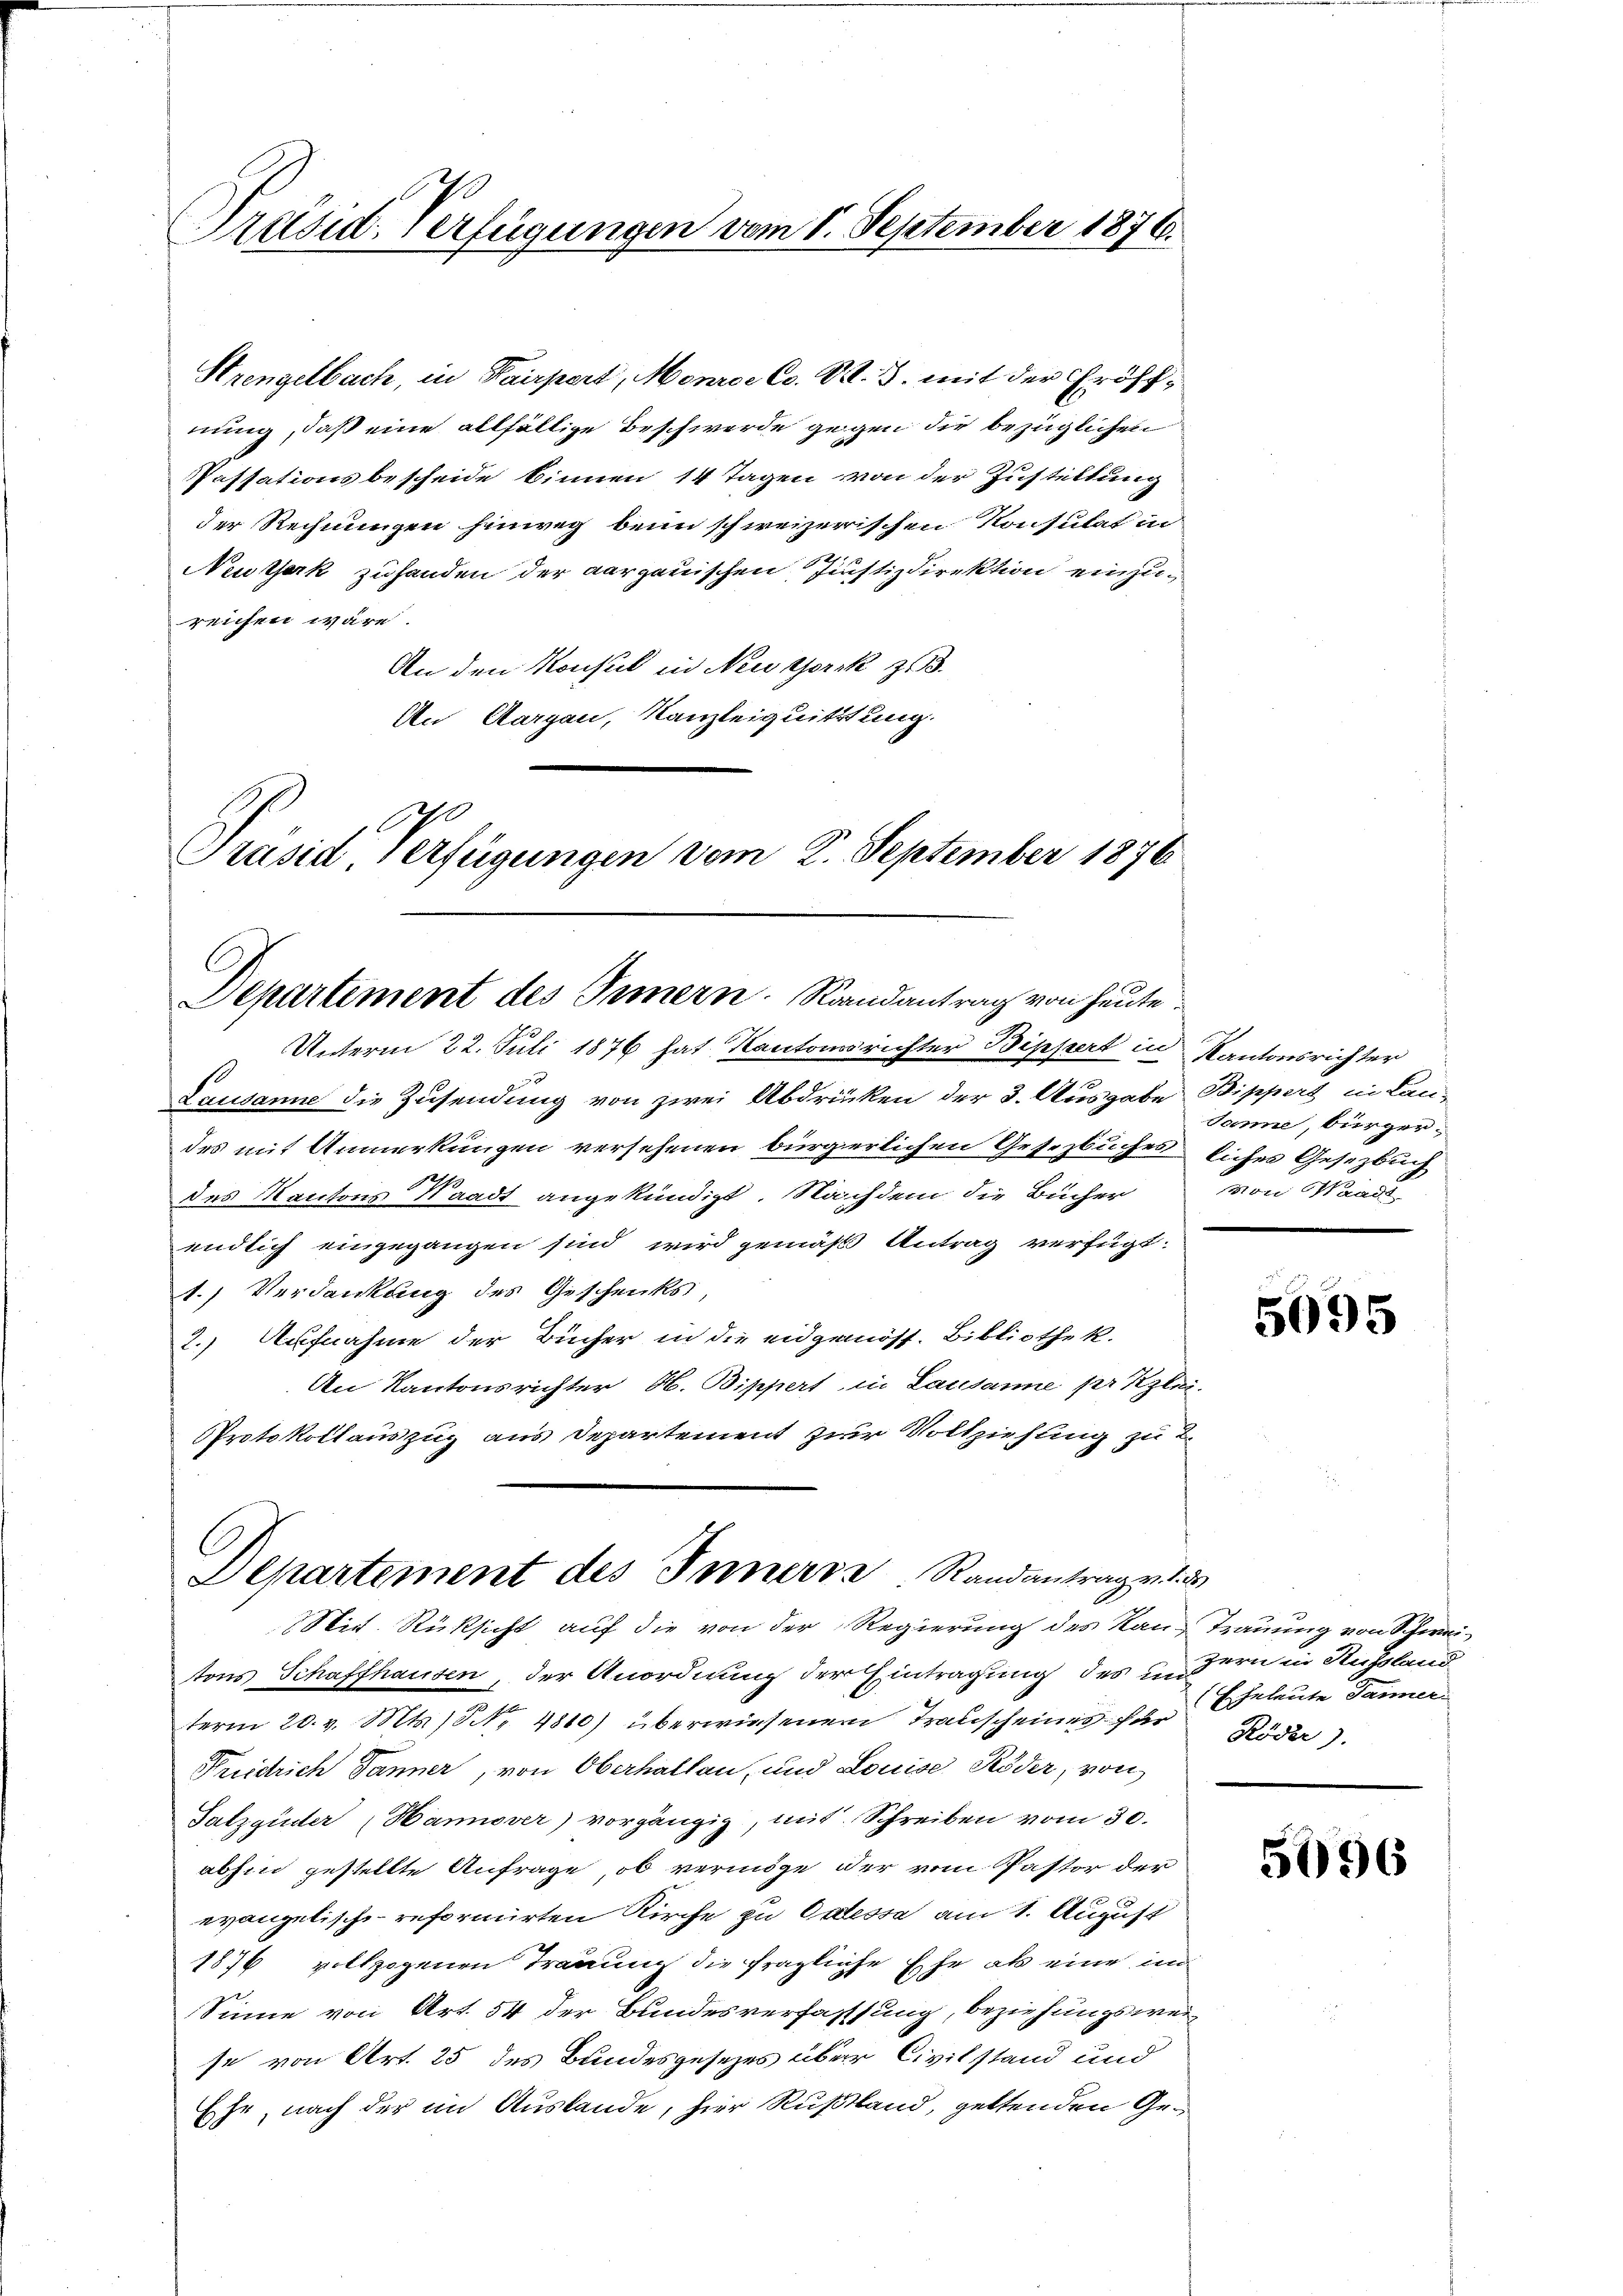
Präsid. Verfügungen vom 1. September 1876.

Strengelbach, in Kairpert, Monrer Co. OR. 3. mit der Eröffnung, daß eine allfällige Beschwerde gegen die bezüglichen
Passationsbescheide binnen 14 Tagen von der Zustellung
der Rechnungen hinweg beim schweizerischen Konsulat in
Neutserk zuhanden der aargauischen Justizdirektion einzureichen wäre.
An den Konsul in New York zu 3.
An Aargau, Kanzleiquittung.
Präsid Verfügungen vom 2. September 1876

Departement des Innern. Randantrag von heute.

Departement des Innern Randantrag v. 1. ds

Unterm 22. Juli 1876 hat Kantonsrichter Bippert in Kantonsrichter
Lausanne die Zusendung von zwei Abdrücken der 3. Ausgabe Bippert in Lan-
des mit Anmerkungen versehenen bürgerlichen Gesetzbuches liches Gesetzbuch
des Kantons Waadt angekündigt. Nachdem die Bücher
endlich eingegangen sind wird gemäß Antrag verfügt:
1.) Verdankung des Geschenks
2.) Aufnahme der Bücher in die eidgenöss. Bibliothek.
An Kantonsrichter H. Bippert in Lausanne pr Kzlei-
Protokollauszug aus Departement zur Vollziehung zu 2.
Mit Rüksicht auf die von der Regierung des Kan-Trauung von Schweitons Schaffhausen, der Anordnung der Eintragung des unsern in Russland
term 20. v. Mts., Nr. 4810) überwiesenen Transcheinen der Eheleute Jänner
Friedrich Danner, von Oberhalten, und Louise Röder, von
Satzgüder (Hannover) vorgängig, mit Schreiben vom 30.
abhin gestellte Anfrage, ob vermöge der vom Pastor der
evangelische reformirten Kirche zu Odessa am 1. August
1876 vollzogenen Trauung die fragliche Ehe als eine un
Sinne von Art. 54 der Bundesverfassung, beziehungsweise von Art. 25 des Bundesgesezes über Civilstand und
Ehe, nach der im Auslande, hier Rußland, geltenden Ge¬

Janne, bürgervon Waadt,

5095

Röder).

5096